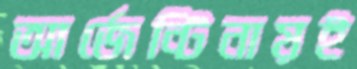
আর্জেন্টিনায়ই